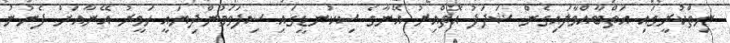
ނިތްކުރީގައި އަތްބާއްވާލައިގެން ޝަދަފު އޮތްއިރު އޭނާގެ ސިކުނޑީގައި ސިފަވަމުންދިޔައީ ހަވީރު އޭނާއަށް ފެނުނު